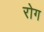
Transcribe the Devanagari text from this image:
रोग